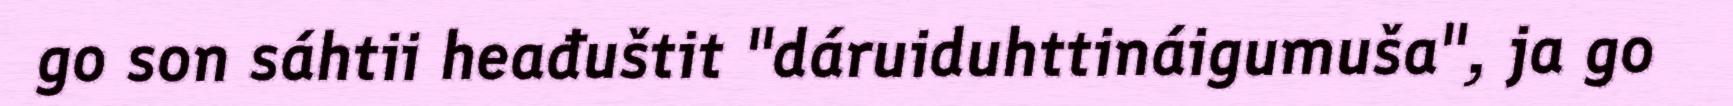
go son sáhtii heađuštit "dáruiduhttináigumuša", ja go